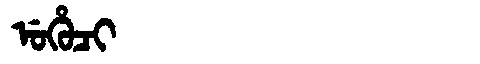
Manchu: ᡠᡥᡠᠴᡳ
Romanization: UHUCI